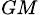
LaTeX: _{GM}